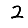
Digit: 2